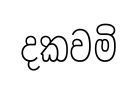
දකවමි